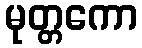
မုတ္တကော